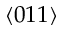
\langle 0 1 1 \rangle